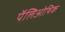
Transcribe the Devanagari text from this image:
पॅलिओथिक